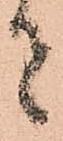
者